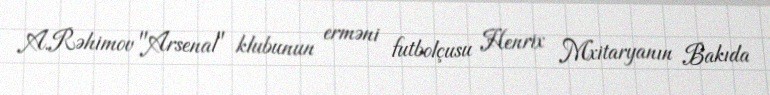
A.Rəhimov "Arsenal" klubunun erməni futbolçusu Henrix Mxitaryanın Bakıda